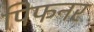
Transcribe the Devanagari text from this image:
पिफनर